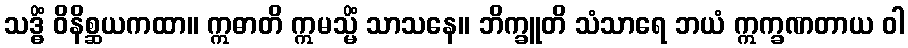
သဒ္ဓိံ ဝိနိစ္ဆယကထာ။ ဣဓာတိ ဣမသ္မိံ သာသနေ။ ဘိက္ခူတိ သံသာရေ ဘယံ ဣက္ခဏတာယ ဝါ